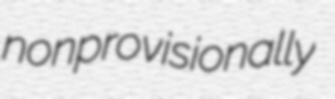
nonprovisionally